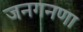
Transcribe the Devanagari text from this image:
जनगनणा